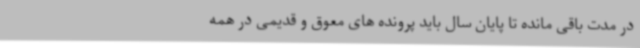
در مدت باقی مانده تا پایان سال باید پرونده های معوق و قدیمی در همه